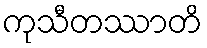
ကုသီတဿာတိ